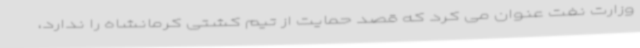
وزارت نفت عنوان می کرد که قصد حمایت از تیم کشتی کرمانشاه را ندارد،